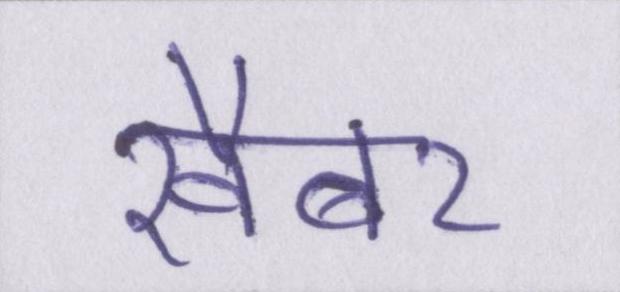
खैबर